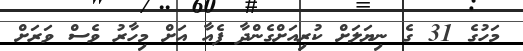
މަހުގެ 31 ގެ ނިޔަލަށް ކުރިއަށްގެންދާ ފެއާ އަށް މިހާރު ވެސް ވަރަށް